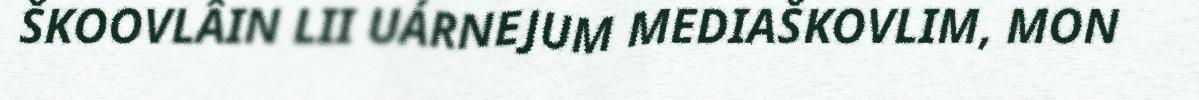
ŠKOOVLÂIN LII UÁRNEJUM MEDIAŠKOVLIM, MON